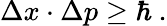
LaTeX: \Delta x\cdot\Delta p\ge\hbar\ .